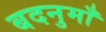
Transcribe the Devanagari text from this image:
बदनुमाँ